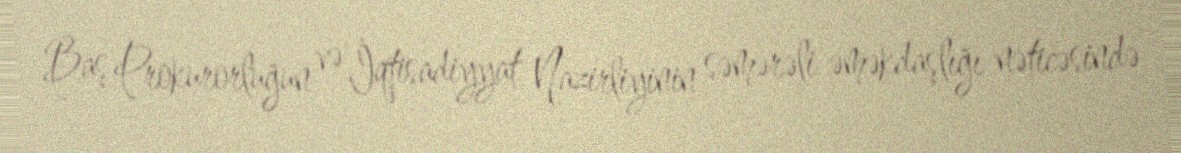
Baş Prokurorluğun və İqtisadiyyat Nazirliyinin səmərəli əməkdaşlığı nəticəsində